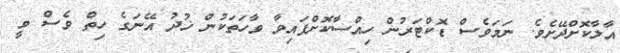
އާލާކޮށްދޭށެވެ. ނަމަވެސް ޑޮކްޓަރުން ހިއްސާކޮށްފައިވާ ވާހަތަކުން ޚުދު އޭނަގެ ހިތް ވެސް ވީ